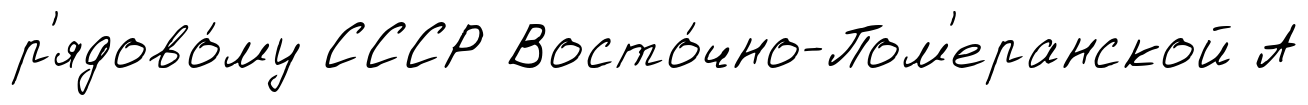
р'ядово́му СССР Восто́чно-Пом'еранской А